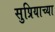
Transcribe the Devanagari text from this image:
सुप्रियाच्या